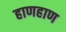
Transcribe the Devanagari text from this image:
हाणहाण